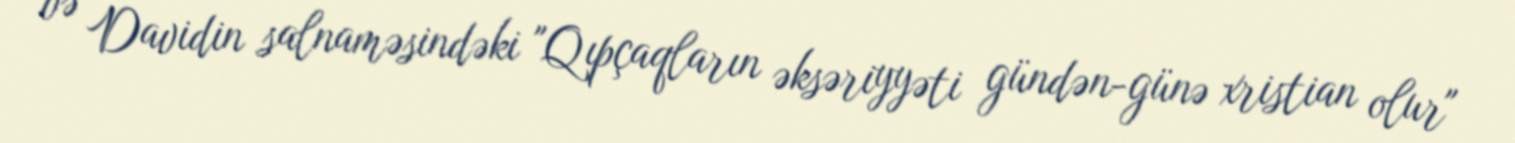
və Davidin salnaməsindəki "Qıpçaqların əksəriyyəti gündən-günə xristian olur"